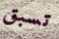
تسبق